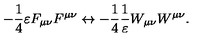
- \frac { 1 } { 4 } \varepsilon F _ { \mu \nu } F ^ { \mu \nu } \leftrightarrow - \frac { 1 } { 4 } \frac { 1 } { \varepsilon } W _ { \mu \nu } W ^ { \mu \nu } .